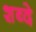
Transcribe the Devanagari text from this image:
शब्दे